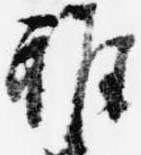
雑